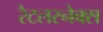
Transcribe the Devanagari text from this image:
रैटलस्नेक्स